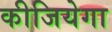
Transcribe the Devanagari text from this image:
कीजियेगा